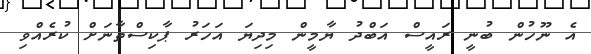
އެ ނޫހުން ބުނީ ރައީސް އަބްދު ޔާމީން މިދިޔަ އަހަރު ޕާކިސްތާނަށް ކުރެއްވި